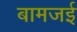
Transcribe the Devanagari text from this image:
बामजई